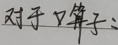
对于口算子：